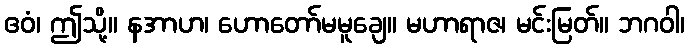
ဧဝံ၊ ဤသို့။ နအာဟ၊ ဟောတော်မမူချေ။ မဟာရာဇ၊ မင်းမြတ်။ ဘဂဝါ၊